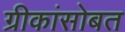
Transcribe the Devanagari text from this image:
ग्रीकांसोबत